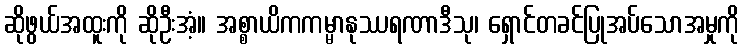
ဆိုဖွယ်အထူးကို ဆိုဦးအံ့။ အစ္စာယိကကမ္မာနုဿရဏာဒီသု၊ ရှောင်တခင်ပြုအပ်သောအမှုကို